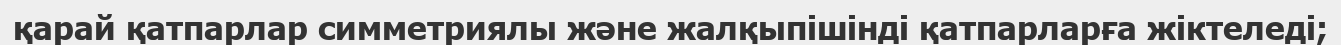
қарай қатпарлар симметриялы және жалқыпішінді қатпарларға жіктеледі;